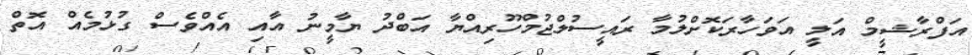
އަފްރާޝީމް އަލީ އަވަހާރަކޮށްލުމާ ރައީސުލްޖުމްހޫރިއްޔާ އަބްދު ޔާމީނު އާއި އެއްވެސް ގުޅުމެއް އޮތް